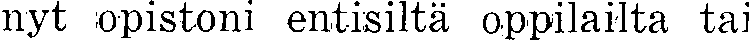
nyt opistoni entisiltä oppilailta tai